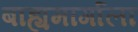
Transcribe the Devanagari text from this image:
बाह्यमार्गाला